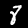
Label: 8